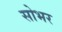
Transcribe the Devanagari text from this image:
सोभर